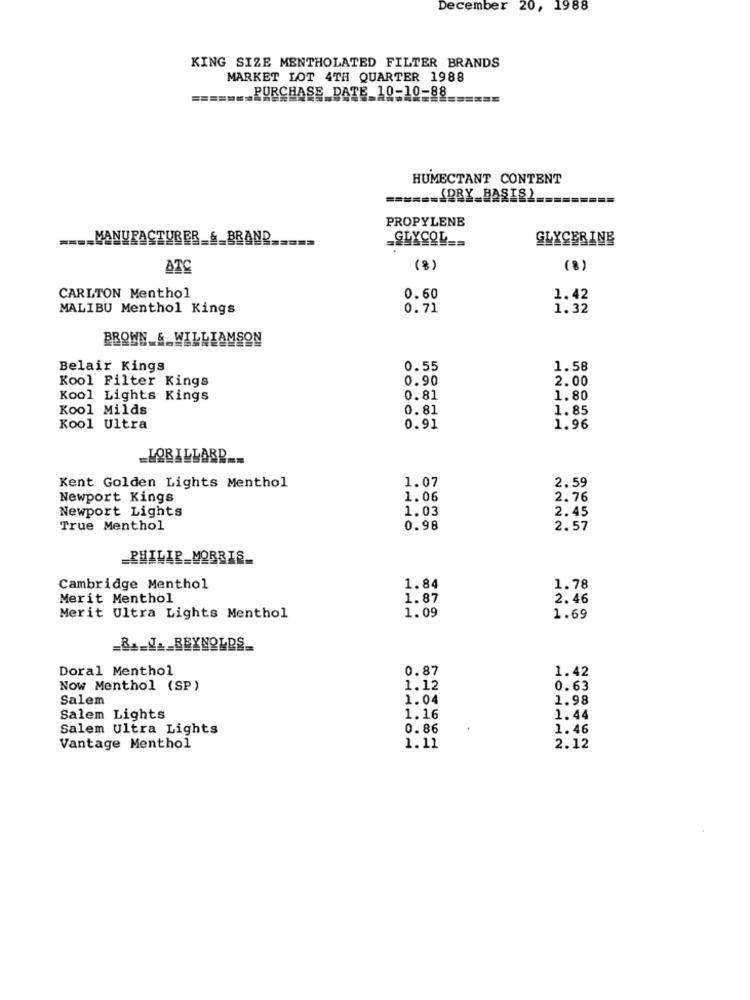
December 20, 1988
KING SIZE MENTHOLATED FILTER BRANDS
MARKET LOT 4TH QUARTER 1988
PURCHASE_DATE 10-10-88_
HUMECTANT CONTENT
====== {PRY_BASIS)_
PROPYLENE
.... MANUFACTURER_&_BRAND
GLYCERINE
ATC
(8)
(8)
CARLTON Menthol
0.60
1.42
MALIBU Menthol Kings
0.71
1.32
BROWN_&_WILLIAMSON
Belair Kings
0.55
1.58
Kool Filter Kings
0.90
2.00
Kool Lights Kings
0.81
1.80
Kool Milds
0.81
1.85
Kool Ultra
0.91
1.96
_LOBILLARR __
1.07
2.59
Kent Golden Lights Menthol
Newport Kings
1.06
2.76
Newport Lights
1.03
2.45
True Menthol
0.98
2.57
_PHILIP MORRIS_
Cambridge Menthol
1.84
1.78
Merit Menthol
1.87
2.46
1.09
Merit Ultra Lights Menthol
1.69
_B .____ BEYNOLDS_
Doral Menthol
0.87
1.42
Now Menthol (SP)
1.12
0.63
Salem
1.04
1.98
Salem Lights
1.16
1.44
Salem Ultra Lights
0.86
1.46
Vantage Menthol
1.11
2.12